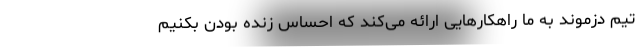
تیم دزموند به ما راهکارهایی ارائه می‌کند که احساس زنده بودن بکنیم